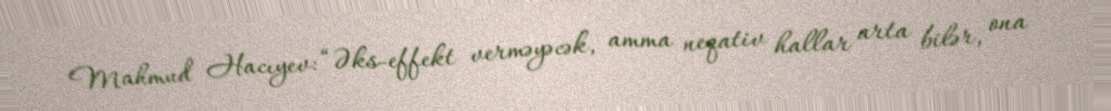
Mahmud Hacıyev: “Əks-effekt verməyəcək, amma neqativ hallar arta bilər, ona